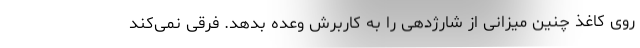
روی کاغذ چنین میزانی از شارژدهی را به کاربرش وعده بدهد. فرقی نمی‌کند